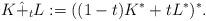
LaTeX: \begin{align*}K\hat{+}_tL:=((1-t)K^*+tL^*)^*.\end{align*}